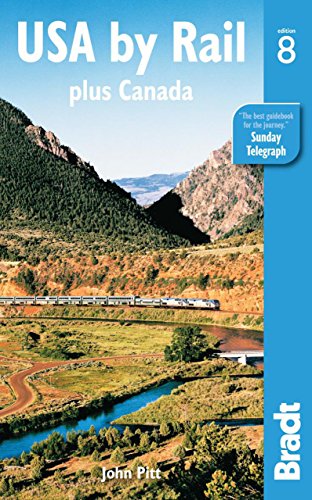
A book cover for USA by Rail Plus Canada, 8th Edition; John Pitt; Engineering & Transportation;